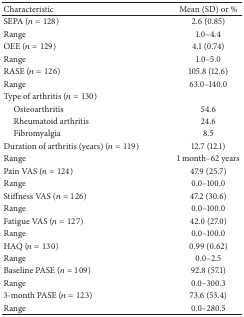
| Characteristic | Mean (SD) or % |
 | --- | --- |
 | SEPA (n = 128) | 2.6 (0.85) |
 | Range | 1.0–4.4 |
 | OEE (n = 129) | 4.1 (0.74) |
 | Range | 1.0–5.0 |
 | RASE (n = 126) | 105.8 (12.6) |
 | Range | 63.0–140.0 |
 | Type of arthritis (n = 130) |  |
 | Osteoarthritis | 54.6 |
 | Rheumatoid arthritis | 24.6 |
 | Fibromyalgia | 8.5 |
 | Duration of arthritis (years) (n = 119) | 12.7 (12.1) |
 | Range | 1 month–62 years |
 | Pain VAS (n = 124) | 47.9 (25.7) |
 | Range | 0.0–100.0 |
 | Stiffness VAS (n = 126) | 47.2 (30.6) |
 | Range | 0.0–100.0 |
 | Fatigue VAS (n = 127) | 42.0 (27.0) |
 | Range | 0.0–100.0 |
 | HAQ (n = 130) | 0.99 (0.62) |
 | Range | 0.0–2.5 |
 | Baseline PASE (n = 109) | 92.8 (57.1) |
 | Range | 0.0–300.3 |
 | 3-month PASE (n = 123) | 73.6 (53.4) |
 | Range | 0.0–280.5 |